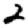
Digit: 2